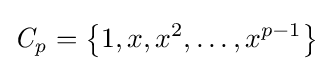
{\mathit {C_{p}}}=\left\{1,x,x^{2},\ldots ,x^{p-1}\right\}